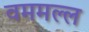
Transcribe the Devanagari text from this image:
वममल्ल